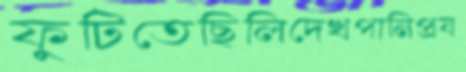
ফুটিতেছিলিদেখপানিপ্রয